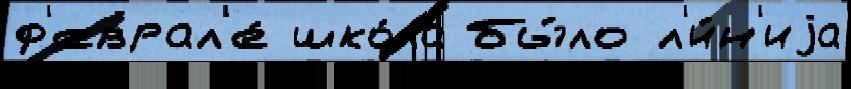
ф'еврал'е́ шко́ла бы́ло л'и́н'иjа